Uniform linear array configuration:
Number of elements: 8
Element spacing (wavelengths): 0.5
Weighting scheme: exponential
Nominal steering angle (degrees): -60
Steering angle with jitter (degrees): -60.697
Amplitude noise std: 0.05
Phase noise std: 0.05

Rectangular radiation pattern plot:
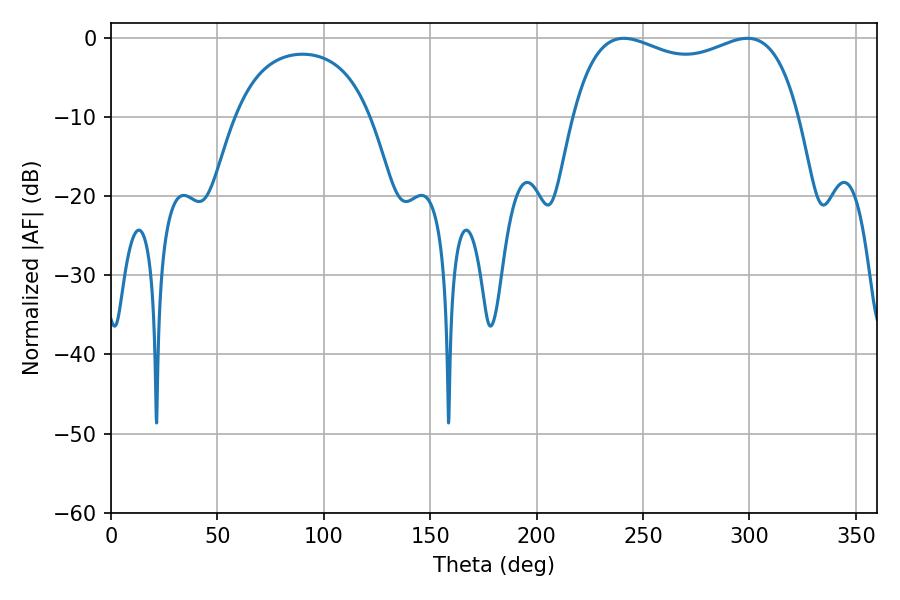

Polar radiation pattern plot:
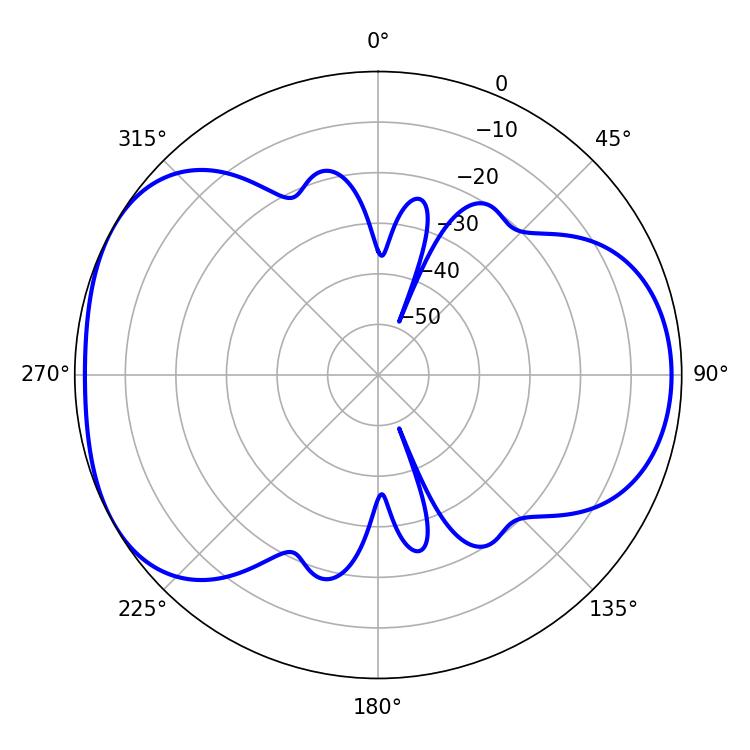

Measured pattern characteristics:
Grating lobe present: FALSE
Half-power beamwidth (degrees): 87.48
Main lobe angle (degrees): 241.02